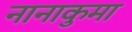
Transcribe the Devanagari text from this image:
नानाकुमा